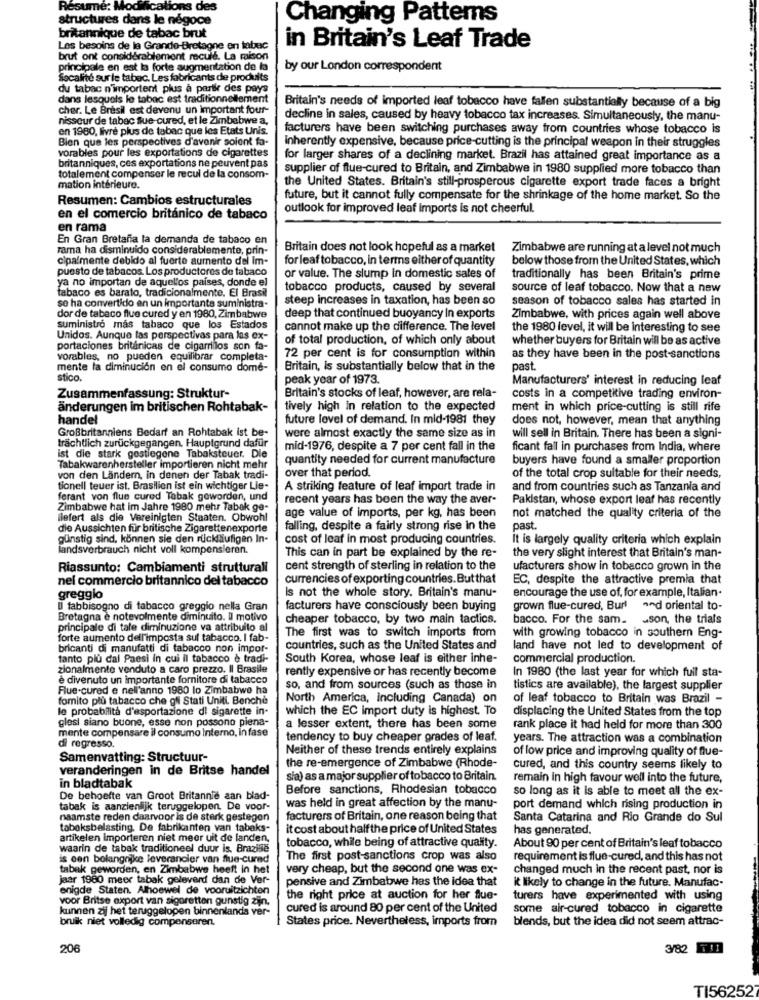
Resume:
cations des
structures dans le négoce
Changing Patterns
britannique de tabac brut
Les besoins de la Grande-Bretagne en labec
in Britain's Leaf Trade
brut ont considérablement recule. La maison
principale en est la forte augmentation de la
by our London correspondent
..
Socalite surle tabac. Les fabricants de produits
du tabac n'importent plus à partir des pays
dans lesquels le tabac est traditionnellement
cher. Le Bresil est devenu un important four-
Britain's needs of imported leaf tobacco have fallen substantially because of a big
nisseur de tabac stue cured, et le Zimbabwe a.
decline in sales, caused by heavy tobacco tax increases. Simultaneously, the manu-
en 1980, livre plus de tabac que les Etats Unis.
facturers have been switching purchases away from countries whose tobacco is
Bien que les perspectives d'avenir soient fa-
Inherently expensive, because price-cutting is the principal weapon in their struggles
vorables pour les exportations de cigarettes
for larger shares of a declining market. Brazil has attained great importance as a
britanniques, ces exportations ne peuvent pas
supplier of flue-cured to Britain, and Zimbabwe in 1980 supplied more tobacco than
totalement compenser le recul de la consom-
the United States. Britain's still-prosperous cigarette export trade faces a bright
mation intérieure.
Resumen: Cambios estructurales
future, but it cannot fully compensate for the shrinkage of the home market. So the
outlook for improved leaf imports is not cheerful.
en el comercio británico de tabaco
en rama
En Gran Bretaña la demanda de tabaco en
rama ha disminuido considerablemente, prin-
Britain does not look hopeful as a market
Zimbabwe are running at a level not much
cipalmente debido al fuerte aumento del Im-
for leaf tobacco, in terms either of quantity
below those from the United States, which
puesto de tabacos. Los productores de tabaco
ya no importan de aquellos países, donde el
or value. The slump in domestic sales of
traditionally has been Britain's prime
tabaco es barato, tradicionalmente. El Brasil
tobacco products, caused by several
source of leaf tobacco. Now that a new
se ha convertido en un importante suministra-
steep increases in taxation, has been so
season of tobacco sales has started in
dor de tabaco flue cured y en 1980, Zimbabwe
deep that continued buoyancy In exports
Zimbabwe, with prices again well above
suministro más tabaco que los Estados
cannot make up the difference. The level
the 1980 level, it will be interesting to see
Unidos. Aunque las perspectivas para las ex-
of total production, of which only about
whether buyers for Britain will be as active
portaciones británicas de cigarrillos son fa-
vorables, no pueden equilibrar completa-
72 per cent is for consumption within
as they have been in the post-sanctions
mente la diminución en el consumo dome-
Britain, is substantially below that in the
past.
stico.
peak year of 1973.
Manufacturers' interest in reducing leaf
Zusammenfassung: Struktur-
Britain's stocks of leaf, however, are rela-
costs in a competitive trading environ-
änderungen im britischen Rohtabak-
tively high in relation to the expected
ment in which price-cutting is still rife
handel
future level of demand. In mid-1981 they
does not, however, mean that anything
Großbritanniens Bedarf an Rohtabak ist be-
trächtlich zurückgegangen. Hauptgrund dafür
were almost exactly the same size as in
will sell in Britain. There has been a signi-
mid-1976, despite a 7 per cent fall in the
ficant fall in purchases from India, where
ist die stark gestiegene Tabaksteuer. Die
quantity needed for current manufacture
buyers have found a smaller proportion
Tabakwarenhersteller importieren nicht mehr
over that period.
von den Ländern, in denen der Tabak tradi-
of the total crop suitable for their needs,
tionell teuer ist. Brasilien ist ein wichtiger Lie-
A striking feature of leaf import trade in
and from countries such as Tanzania and
ferant von flue cured Tabak geworden, und
recent years has been the way the aver-
Pakistan, whose export leaf has recently
Zimbabwe hat im Jahre 1980 mehr Tabak ge-
liefert als die Vereinigten Staaten. Obwohl
age value of imports, per kg, has been
not matched the quality criteria of the
die Aussichten für britische Zigarettenexporte
falling, despite a fairly strong rise in the
past.
günstig sind, können sie den rückläufigen In-
cost of leaf in most producing countries.
It is largely quality criteria which explain
landsverbrauch nicht voll kompensieren.
the very slight interest that Britain's man-
This can in part be explained by the re-
Riassunto: Cambiamenti strutturali
cent strength of sterling in relation to the
ufacturers show in tobacco grown in the
nel commercio britannico del tabacco
currencies of exporting countries. But that
EC, despite the attractive premia that
Is not the whole story. Britain's manu-
encourage the use of. for example, Italian-
greggio
Il fabbisogno di tabacco greggio nella Gran
facturers have consciously been buying
grown flue-cured, Burl
and oriental to-
Bretagna è notevolmente diminuito. Il motivo
cheaper tobacco, by two main tactics.
bacco. For the sam_ _ son, the trials
principale di tale diminuzione va attribuito al
The first was to switch imports from
forte aumento dell'imposta sul tabacco. I fab-
with growing tobacco in southern Eng-
bricanti di manufatti di tabacco non impor-
countries, such as the United States and
land have not led to development of
tanto più dal Paesi in cui il tabacco è tradi-
South Korea, whose leaf is either inhe-
commercial production.
zionalmente venduto a caro prezzo. Il Brasile
rently expensive or has recently become
In 1980 (the last year for which fuil sta-
è divenuto un importante fornitore di tabacco
Flue.cured e nell'anno 1980 lo Zimbabwe ha
so, and from sources (such as those in
tistics are available), the largest supplier
fomito plu tabacco che gli Stati Uniti. Benche
North America, Including Canada) on
of leaf tobacco to Britain was Brazil -
le probabilità d'esportazione di sigarette in-
which the EC import duty is highest. To
displacing the United States from the top
glesi siano buone, esse non possono piena-
mente compensare il consumo Interno, In fase
a lesser extent, there has been some
rank place it had held for more than 300
tendency to buy cheaper grades of leaf.
years. The attraction was a combination
di regresso.
Neither of these trends entirely explains
of low price and improving quality of flue-
Samenvatting: Structuur-
the re-emergence of Zimbabwe (Rhode-
veranderingen in de Britse handel
cured, and this country seems likely to
sia) as a major supplier of tobacco to Britain.
remain in high favour well into the future,
in bladtabak
Before sanctions, Rhodesian tobacco
so long as it is able to meet all the ex-
De behoefte van Groot Britannie aan blad-
tabak is aanzienlijk teruggelopen. De voor-
was held in great affection by the manu-
port demand which rising production in
naamste reden daarvoor is de sterk gestegen
facturers of Britain, one reason being that
Santa Catarina and Rio Grande do Sul
tabaksbelasting. De fabrikanten van tabaks-
it cost about half the price of United States
has generated.
artikelen importeren niet meer uit de landen,
waarin de tabak traditioneel duur is. Brazile
tobacco, while being of attractive quality.
About 90 per cent of Britain's leaf tobacco
is een belangrijke leverancier van flue-cured
The first post-sanctions crop was also
requirement is flue-cured, and this has not
tabak geworden, en Zimbabwe heeft in het
very cheap, but the second one was ex-
changed much in the recent past, nor is
jaar 1960 meer tabak geleverd dan de Ver-
pensive and Zimbabwe has the idea that
enigde Staten. Alhoewel de vooruitzichten
it likely to change in the future. Manufac-
voor Britse export van sigaretten gunstig zijn.
the right price at auction for her flue-
turers have experimented with using
kunnen zij het teruggelopen binnenlands ver-
cured is around 80 per cent of the United
some air-cured tobacco in cigarette
bruik niet volledig compenseren.
blends, but the idea did not seem attrac-
States price. Nevertheless, imports from
206
3/8
TI562527